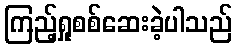
ကြည့်ရှုစစ်ဆေးခဲ့ပါသည်